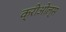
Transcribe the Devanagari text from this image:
क्रीओल्स